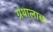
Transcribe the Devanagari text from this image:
ग्रंथालाच